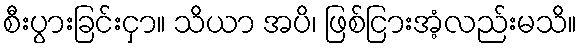
စီးပွားခြင်းငှာ။ သိယာ အပိ၊ ဖြစ်ငြားအံ့လည်းမသိ။